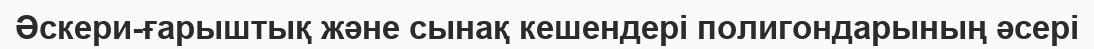
Әскери-ғарыштық және сынақ кешендері полигондарының әсері